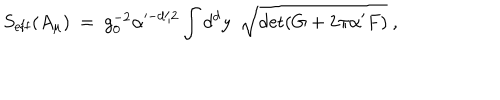
LaTeX: S _ { \mathrm { e f f } } ( A _ { \mu } ) \ = \ g _ { 0 } ^ { - 2 } \alpha ^ { - d / 2 } \int d ^ { d } y \ \ { \sqrt { \det ( G + 2 \pi \alpha ^ { \prime } F ) } } \ ,